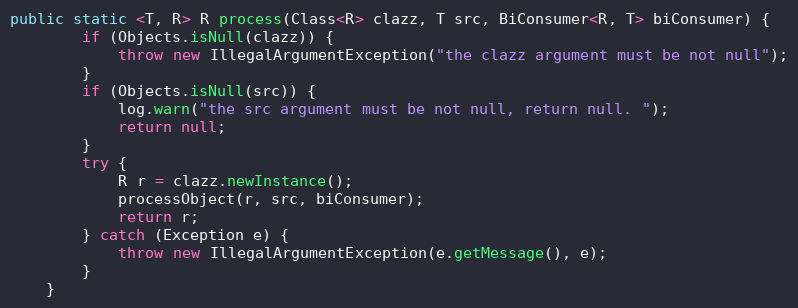
Language: Java
public static <T, R> R process(Class<R> clazz, T src, BiConsumer<R, T> biConsumer) {
        if (Objects.isNull(clazz)) {
            throw new IllegalArgumentException("the clazz argument must be not null");
        }
        if (Objects.isNull(src)) {
            log.warn("the src argument must be not null, return null. ");
            return null;
        }
        try {
            R r = clazz.newInstance();
            processObject(r, src, biConsumer);
            return r;
        } catch (Exception e) {
            throw new IllegalArgumentException(e.getMessage(), e);
        }
    }